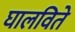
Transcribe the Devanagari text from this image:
घालविते